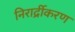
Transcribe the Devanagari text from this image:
निरार्द्रीकरण